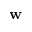
\mathbf { w }